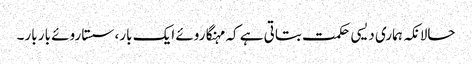
حالانکہ ہماری دیسی حکمت بتاتی ہے کہ مہنگا روئے ایک بار، سستا روئے بار بار۔